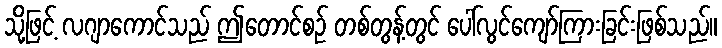
သို့ဖြင့် လဂျာကောင်သည် ဤတောင်စဉ် တစ်တွန့်တွင် ပေါ်လွင်ကျော်ကြားခြင်းဖြစ်သည်။